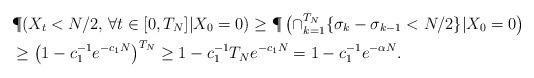
LaTeX: \begin{align*}&\P(X_t< N/2, \, \forall t\in[0,T_N]|X_0=0)\ge \P\left(\cap_{k=1}^{T_N}\{\sigma_k-\sigma_{k-1}< N/2\}|X_0=0\right)\\&\ge \left(1-c_1^{-1}e^{-c_1 N}\right)^{T_N}\ge 1-c_1^{-1}T_Ne^{-c_1N}=1-c_1^{-1}e^{-\alpha N}.\end{align*}